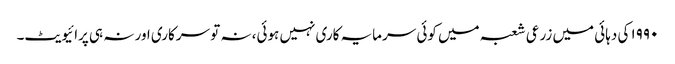
۱۹۹۰ کی دہائی میں زرعی شعبہ میں کوئی سرمایہ کاری نہیں ہوئی، نہ تو سرکاری اور نہ ہی پرائیویٹ۔